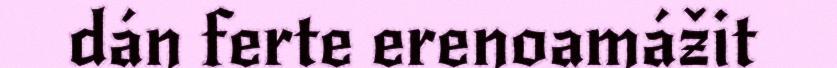
dán ferte erenoamážit